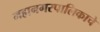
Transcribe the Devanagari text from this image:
महानगरपालिकाचे